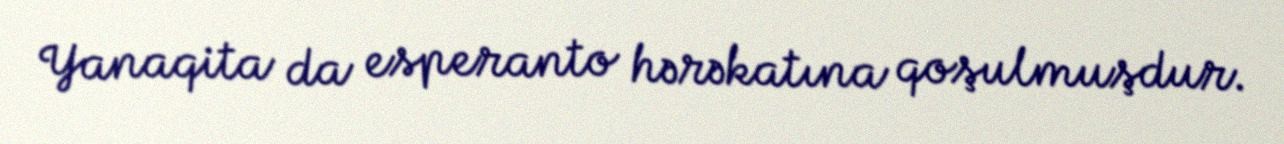
Yanaqita da esperanto hərəkatına qoşulmuşdur.